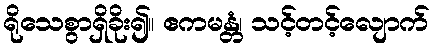
ရိုသေစွာရှိခိုး၍။ ဧကမန္တံ၊ သင့်တင့်လျောက်